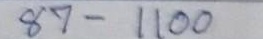
87 - 1100